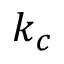
k _ { c }